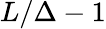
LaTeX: L/\Delta-1